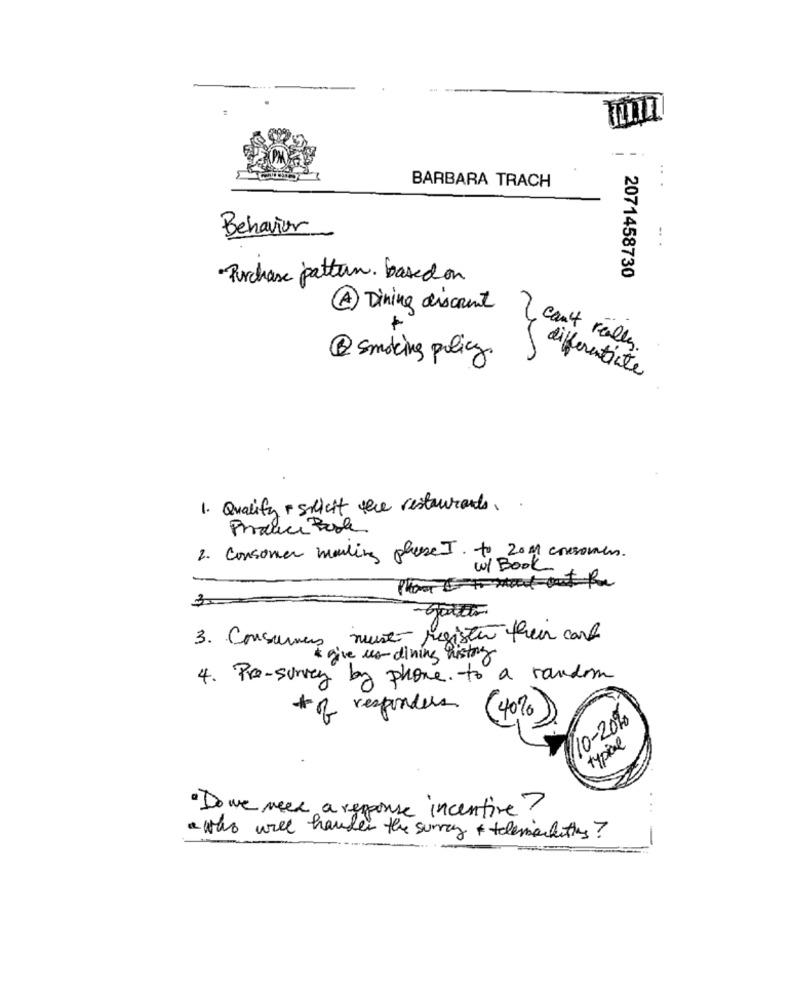
BARBARA TRACH
Behavior
Purchase pattern basedon
2071458730
A Dining discRent
can't really.
@ smoking policy.
differentiate
1. Quality + silicht the restaurants.
Produce Book
2. Consomer mailing phase I. to Zom1 corsomen.
w/ Book
Phone II Hand-out for
3. Consumers must register their card
*give us dining history
4. Pro-survey by phone. to a random
* of responders
( 40%
10 -20%
typical
· Do we need a response incentive?
a was will hander the surrey + telemarketing?